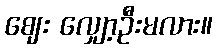
ဈေး လျှော့ဦးမလား။